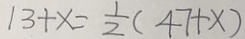
1 3 + x = \frac { 1 } { 2 } ( 4 7 + x )